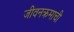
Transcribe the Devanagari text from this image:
जीवनक्रमाची